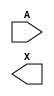
module sky130_fd_sc_lp__dlybuf4s18kapwr (
    //# {{data|Data Signals}}
    input  A,
    output X
);

    // Voltage supply signals
    supply1 VPWR ;
    supply0 VGND ;
    supply1 KAPWR;
    supply1 VPB  ;
    supply0 VNB  ;

endmodule